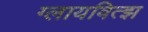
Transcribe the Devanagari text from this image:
ग्लायवित्झ